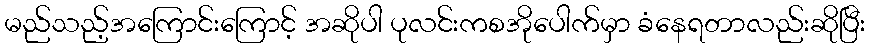
မည်သည့်အကြောင်းကြောင့် အဆိုပါ ပုလင်းကစအိုပေါက်မှာ ခံနေရတာလည်းဆိုပြီး